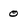
Character: 0